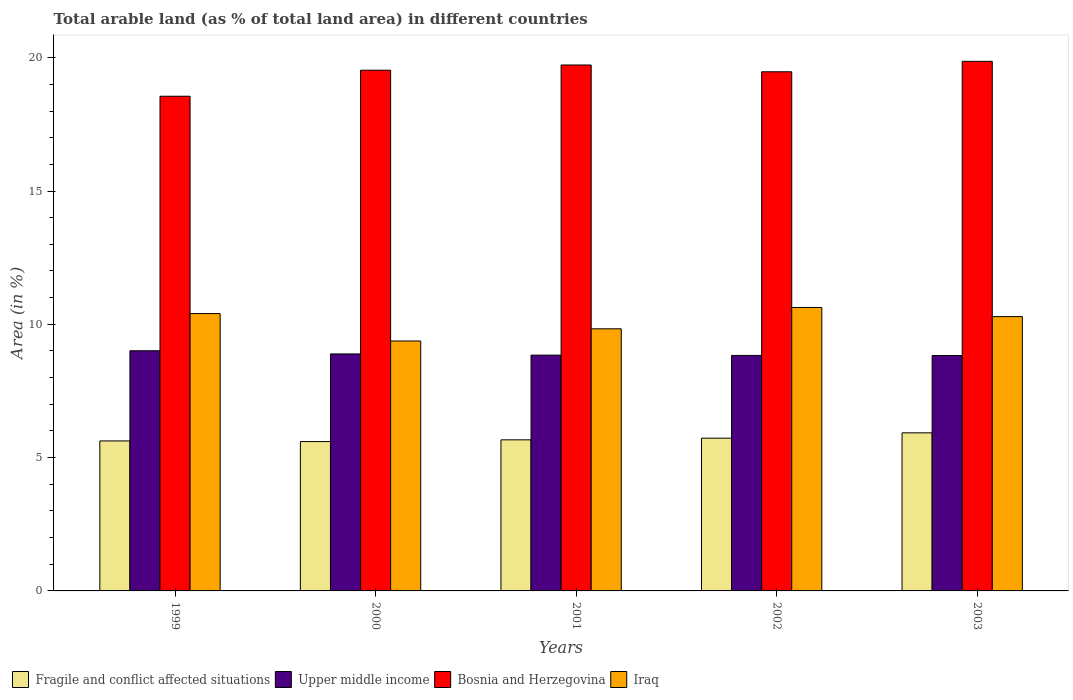
| Years | Fragile and conflict affected situations | Upper middle income | Bosnia and Herzegovina | Iraq |
 | --- | --- | --- | --- | --- |
 | 1999 | 5.63 | 9.01 | 18.6 | 10.4 |
 | 2000 | 5.6 | 8.89 | 19.5 | 9.37 |
 | 2001 | 5.67 | 8.84 | 19.7 | 9.83 |
 | 2002 | 5.73 | 8.83 | 19.5 | 10.6 |
 | 2003 | 5.93 | 8.83 | 19.9 | 10.3 |